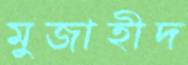
মুজাহীদ